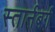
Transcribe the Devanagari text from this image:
स्तार्नबर्ग